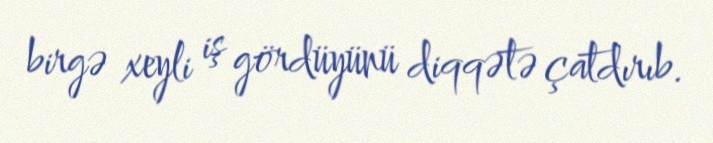
birgə xeyli iş gördüyünü diqqətə çatdırıb.